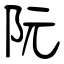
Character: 阮